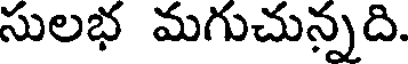
సులభ మగుచున్నది.